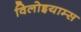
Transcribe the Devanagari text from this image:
विलोइयाम्स